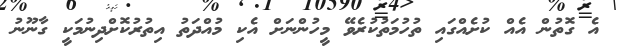
އެ ގޮތުން އެއް ކުށެއްގައި ތުހުމަތުކުރެވޭ މީހުންނަށް އެކި މުއްދަތު އިތުރުކޮށްދިނުމަކީ ގާނޫނު